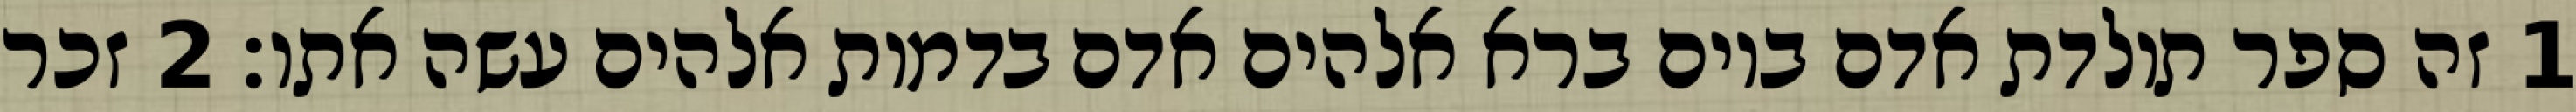
1 זה ספר תולדת אדם ביום ברא אלהים אדם בדמות אלהים עשה אתו׃ ‎2‏ זכר